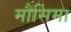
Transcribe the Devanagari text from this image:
मौसिमा